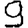
Digit: 9